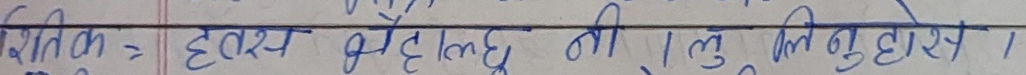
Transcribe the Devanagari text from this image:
शतिक = ह्रदय बेहाल छ नी । तुलि बुढाेश ।